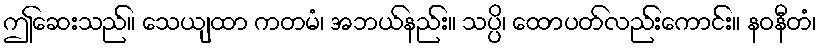
ဤဆေးသည်။ သေယျထာ ကတမံ၊ အဘယ်နည်း။ သပ္ပိ၊ ထောပတ်လည်းကောင်း။ နဝနီတံ၊